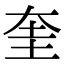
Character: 奎